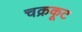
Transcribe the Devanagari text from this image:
चक्रकूट